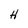
Character: H